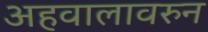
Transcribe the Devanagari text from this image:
अहवालावरुन